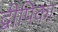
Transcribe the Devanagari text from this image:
द्वीपिका